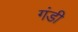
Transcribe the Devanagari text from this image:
गंडी